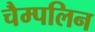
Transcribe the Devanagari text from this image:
चैम्पलिन